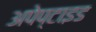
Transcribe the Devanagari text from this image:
अपेप्टाइड